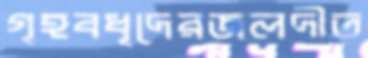
গৃহবধূদেরজলদীত